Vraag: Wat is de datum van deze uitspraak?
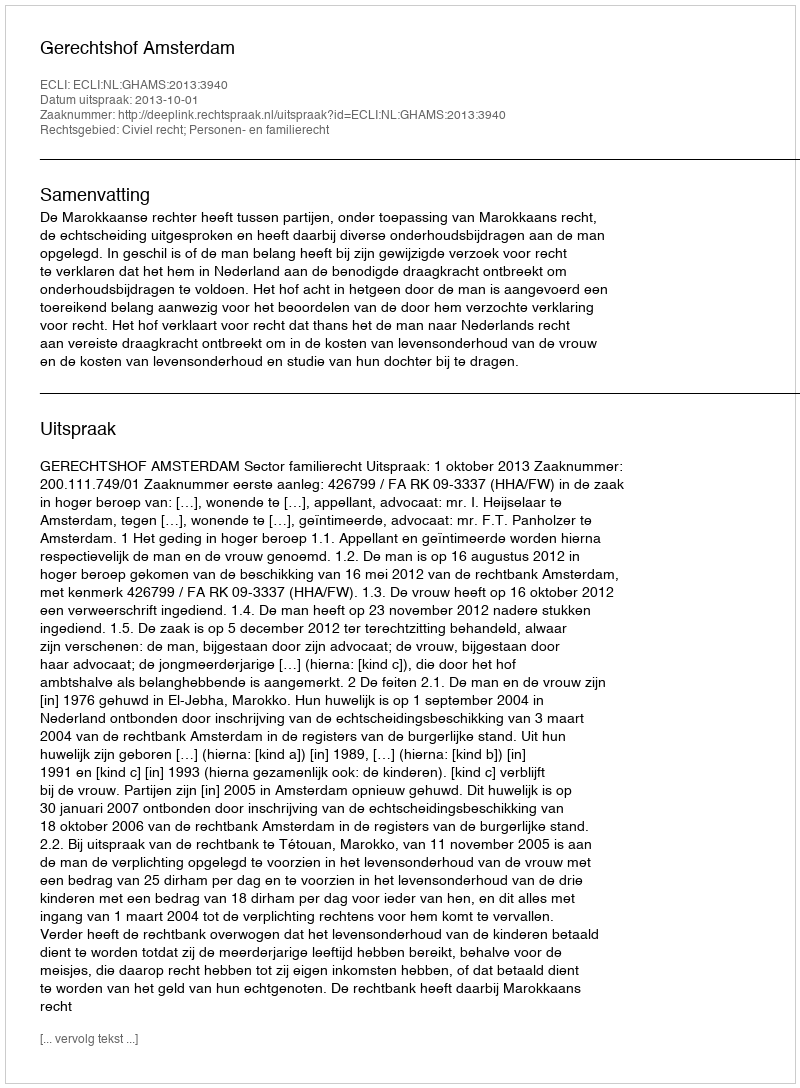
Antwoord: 2013-10-01